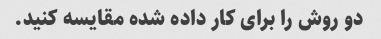
دو روش را برای کار داده شده مقایسه کنید.